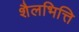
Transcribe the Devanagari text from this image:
शैलभित्ति